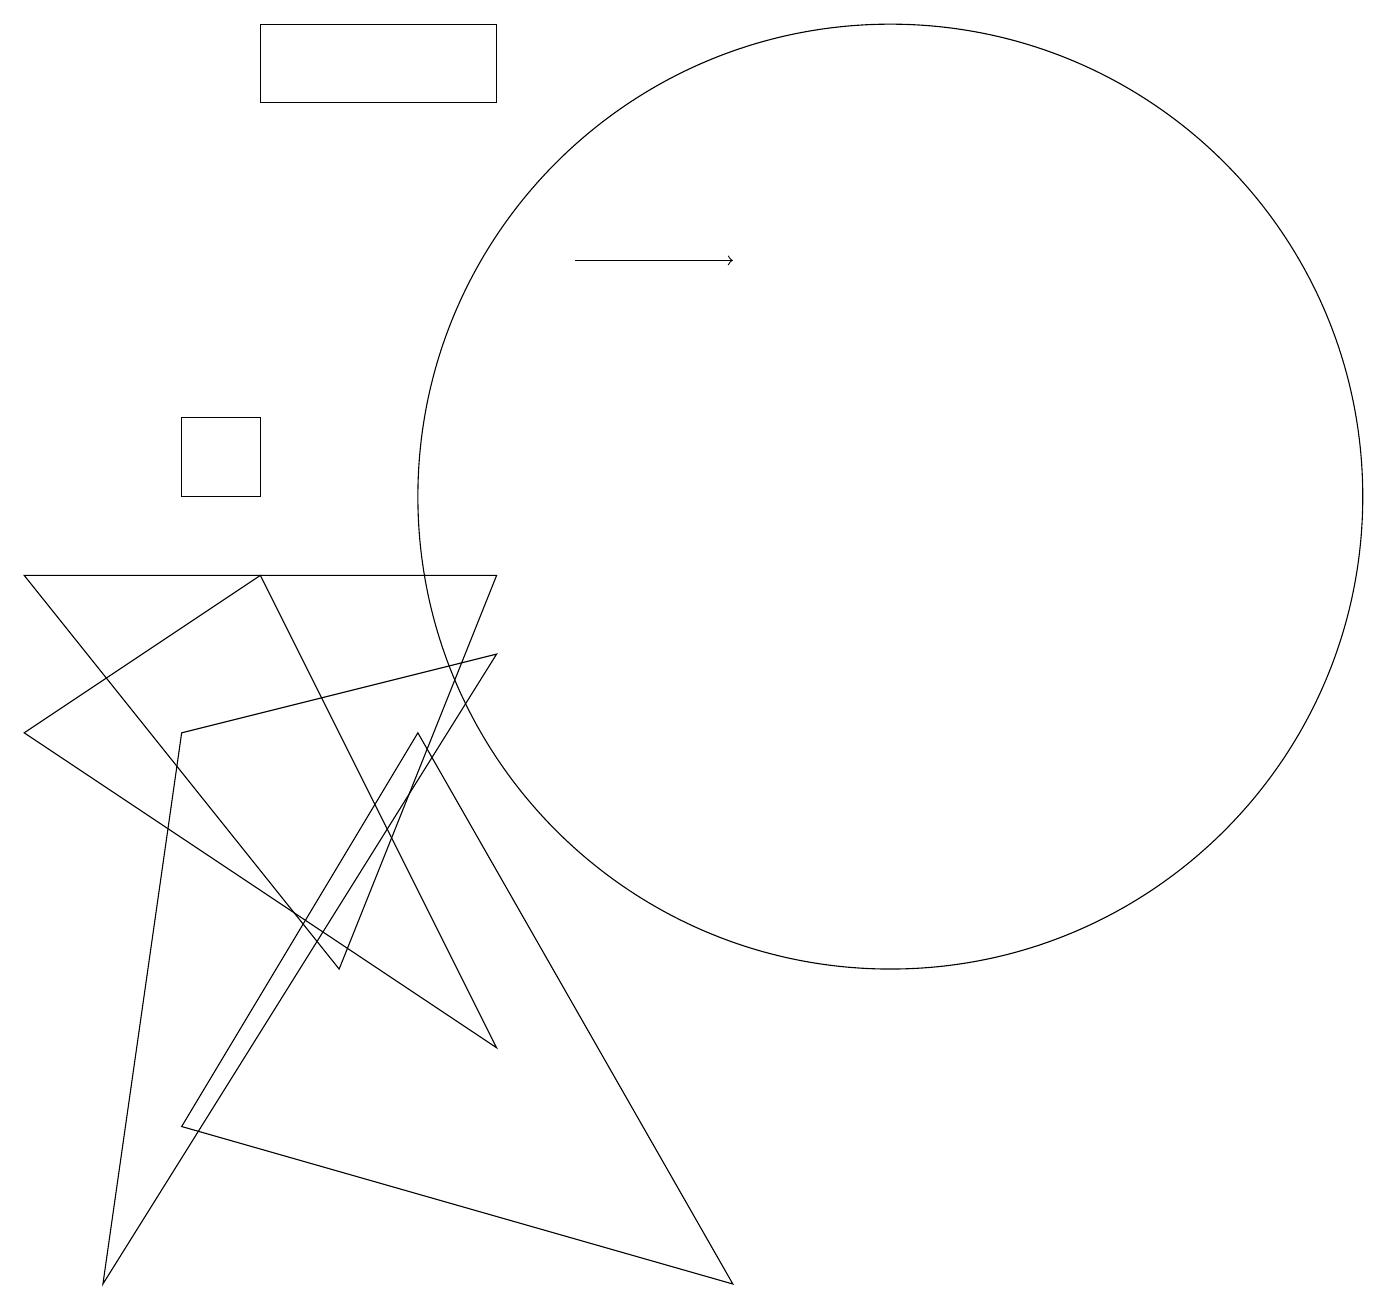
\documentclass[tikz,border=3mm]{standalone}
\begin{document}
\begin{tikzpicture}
\draw (11,10) circle (6);
\draw (6,9) -- (4,4) -- (0,9) -- cycle;
\draw (2,11) rectangle (3,10);
\draw (3,15) rectangle (6,16);
\draw (6,3) -- (0,7) -- (3,9) -- cycle;
\draw[->] (7,13) -- (9,13);
\draw (6,8) -- (1,0) -- (2,7) -- cycle;
\draw (9,0) -- (2,2) -- (5,7) -- cycle;
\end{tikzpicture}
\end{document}